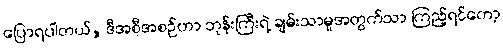
ပြောရပါတယ်, ဒီအစီအစဉ်ဟာ ဘုန်းကြီးရဲ့ ချမ်းသာမှုအတွက်သာ ကြည့်ရင်တော့